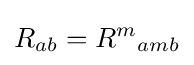
R_{ab}=R^{m}{}_{amb}